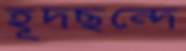
হূদছন্দে